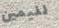
لليمين